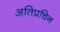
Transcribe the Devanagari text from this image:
अतिप्रचिन